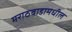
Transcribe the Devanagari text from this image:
मराठवाडामधील